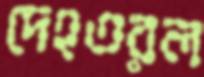
দেহতরল